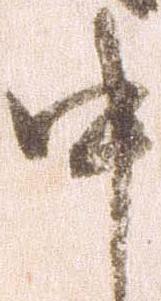
申